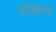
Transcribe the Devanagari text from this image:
लिंबूमध्ये